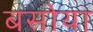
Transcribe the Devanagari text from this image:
बसोया